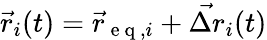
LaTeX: \vec{r}_{i}(t)=\vec{r}_{\mathrm{~e~q~},i}+\vec{\Delta r}_{i}(t)